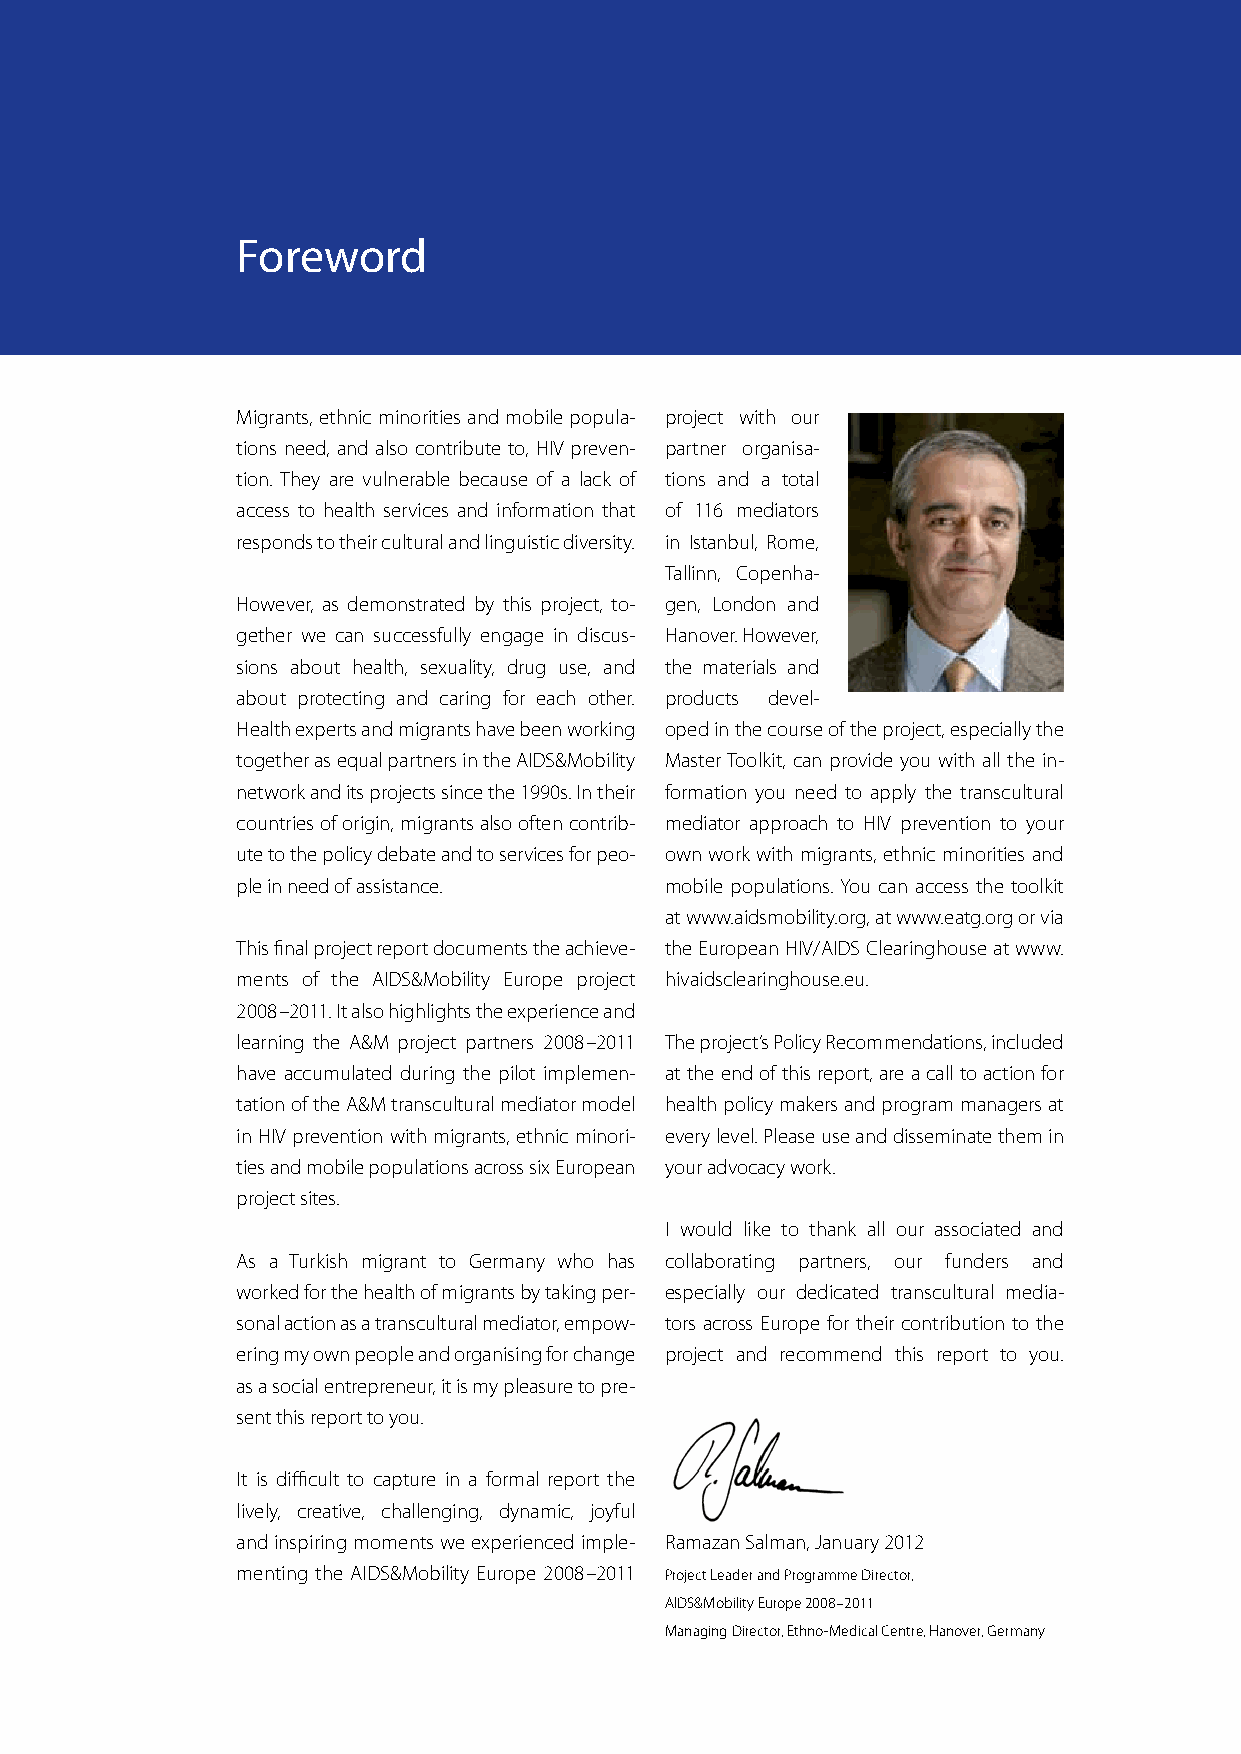
Foreword
 Migrants, ethnic minorities and mobile popula- project with our
 tions need, and also contribute to, HIV preven- partner organisa-
 tion. They are vulnerable because of a lack of tions and a total
 access to health services and information that of 116 mediators
 responds to their c ultural and linguistic diversity. in Istanbul, Rome,
 Tallinn, Copenha-
 However, as demonstrated by this project, to- gen, London and
 gether we can successfully engage in discus- Hanover. However,
 sions about health, sexuality, drug use, and the materials and
 about protecting and caring for each other. products devel-
 Health experts and migrants have been working oped in the course of the project, especially the
 together as equal partners in the AIDS&Mobility Master Toolkit, can provide you with all the in-
 network and its projects since the 1990s. In their formation you need to apply the transcultural
 countries of origin, migrants also often contrib- mediator approach to HIV prevention to your
 ute to the policy debate and to services for peo- own work with migrants, ethnic minorities and
 ple in need of assistance.  mobile populations. You can access the toolkit
 at www.aidsmobility.org, at www.eatg.org or via
 This final project report documents the achieve- the European HIV/AIDS Clearinghouse at www.
 ments of the AIDS&Mobility Europe project hivaidsclearinghouse.eu.
 2008–2011. It also highlights the experience and
 learning the A&M project partners 2008–2011 The project’s Policy Recommendations, included
 have accumulated during the pilot implemen- at the end of this report, are a call to action for
 tation of the A&M transcultural mediator model health policy makers and program managers at
 in HIV prevention with migrants, ethnic minori- every level. Please use and disseminate them in
 ties and mobile populations across six European your advocacy work.
 project sites.
 I would like to thank all our associated and
 As a Turkish migrant to Germany who has collaborating partners, our funders and
 worked for the health of migrants by taking per- especially our dedicated transcultural media-
 sonal action as a transcultural mediator, empow- tors across Europe for their contribution to the
 ering my own people and organising for change project and recommend this report to you.
 as a social entrepreneur, it is my pleasure to pre-
 sent this report to you.
 It is difficult to capture in a formal report the
 lively, creative, challenging, dynamic, joyful
 and inspiring moments we experienced imple- Ramazan Salman, January 2012
 menting the AIDS&Mobility Europe 2008–2011 Project Leader and Programme Director,
 AIDS&Mobility Europe 2008–2011
 Managing Director, Ethno-Medical Centre, Hanover, Germany